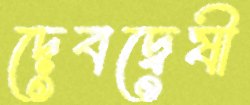
দেবদ্বেষী